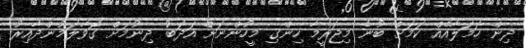
ދިން ހަމަލާއެއް ކަމަށް ބުނެ މިޖަރީމާ ހިންގި މީހުންނަށް އަދަބު ދިނުމަށް ގޮވާލަމުންދާއިރު